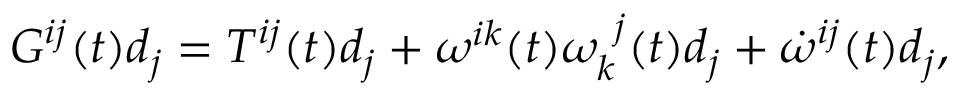
G ^ { i j } ( t ) d _ { j } = T ^ { i j } ( t ) d _ { j } + \omega ^ { i k } ( t ) \omega _ { k } ^ { \ j } ( t ) d _ { j } + \dot { \omega } ^ { i j } ( t ) d _ { j } ,